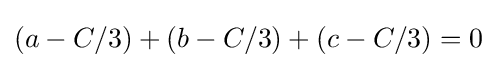
(a-C/3)+(b-C/3)+(c-C/3)=0